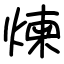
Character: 煉